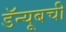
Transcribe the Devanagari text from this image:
डॅन्यूबची